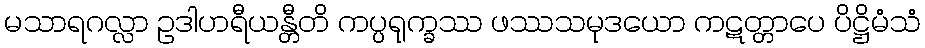
မသာရဂလ္လာ ဥဒါဟရီယန္တီတိ ကပ္ပရုက္ခဿ ဖဿသမုဒယော ကဋတ္တာပေ ပိဋ္ဌိမံသံ